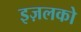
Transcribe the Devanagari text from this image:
इज़लको